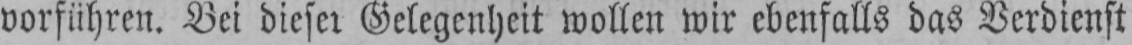
vorführen. Bei dieser Gelegenheit wollen wir ebenfalls das Verdienst